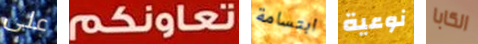
على تعاونكم ابتسامة نوعية الكابا